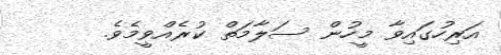
އަރިހުގައިވާ މީހުން ސަލާމަތް ކުރެއްވީމެވެ.